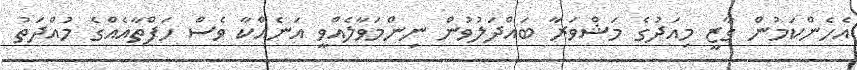
އެހެންކަމުން ގާޒީ މިއަދުގެ މަޝްވަރާ ބައްދަލުވުން ނިންމަވާލެއްވީ އަނެއްކާ ވެސް ހަފްތާއެއްގެ މުއްދަތު